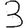
Digit: 3